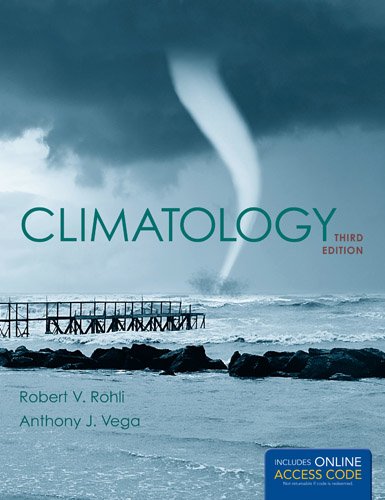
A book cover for Climatology (Jones & Bartlett Learning Titles in Physical Science); Robert V. Rohli; Science & Math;